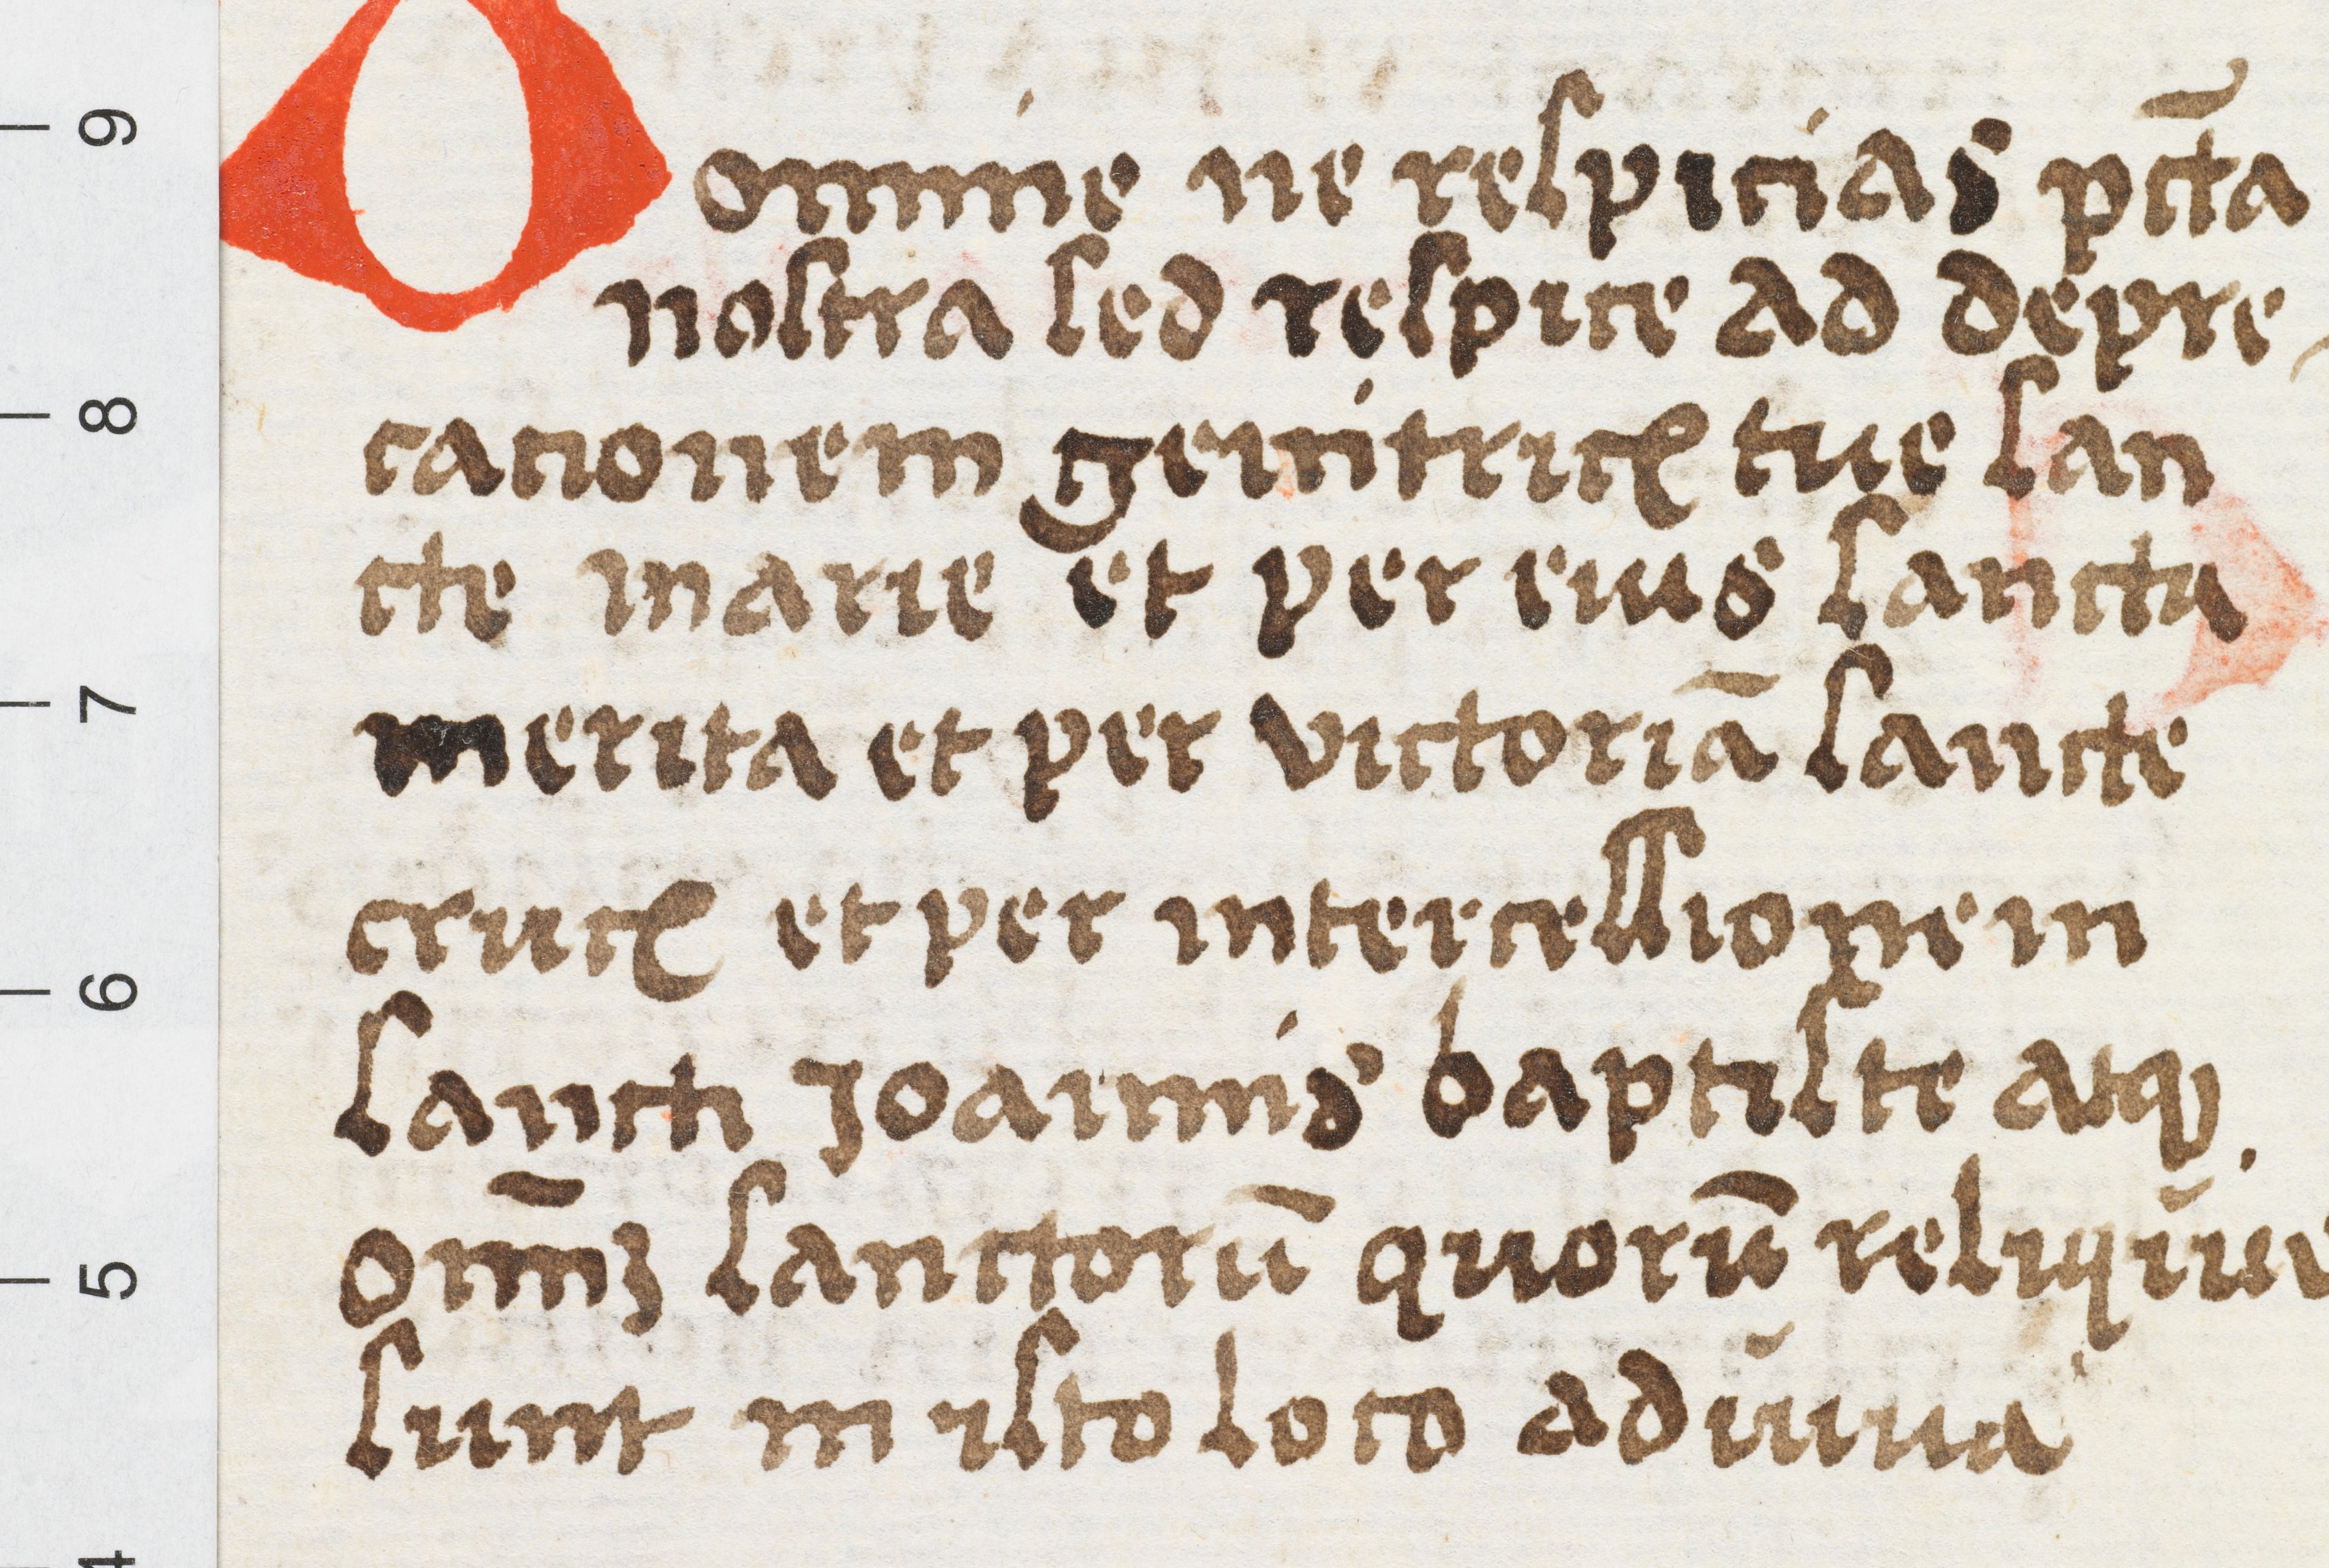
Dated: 1400–1499